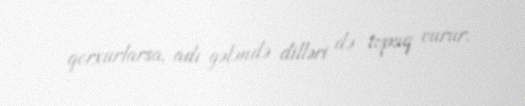
qorxurlarsa, adı gələndə dilləri də topuq vurur.